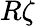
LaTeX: R\zeta